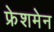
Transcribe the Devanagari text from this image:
फ्रेशमेन